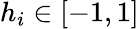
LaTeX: h_{i}\in[-1,1]